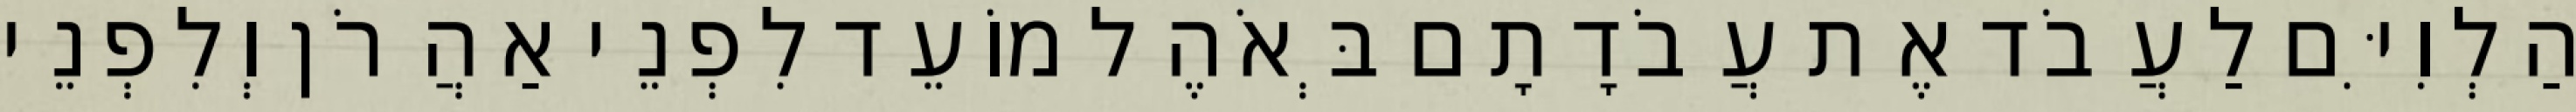
הַלְוִיִּם לַעֲבֹד אֶת עֲבֹדָתָם בְּאֹהֶל מוֹעֵד לִפְנֵי אַהֲרֹן וְלִפְנֵי